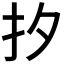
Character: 𪭜